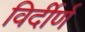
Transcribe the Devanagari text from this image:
विर्दीर्ण